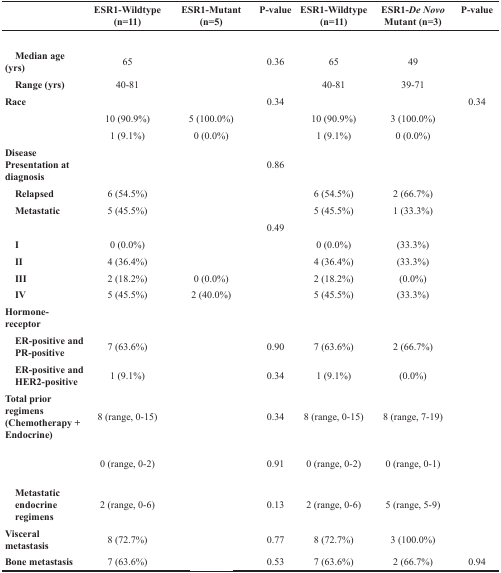
<table><thead><tr><td>[EMPTY_CELL]</td><td><b>ESR1-Wildtype (n=11)</b></td><td><b>ESR1-Mutant (n=5)</b></td><td><b>P-value</b></td><td><b>ESR1-Wildtype (n=11)</b></td><td><b>ESR1-<i>De Novo</i> Mutant (n=3)</b></td><td><b>P-value</b></td></tr></thead><tbody><tr><td>[EMPTY_CELL]</td><td>[EMPTY_CELL]</td><td>[EMPTY_CELL]</td><td>[EMPTY_CELL]</td><td>[EMPTY_CELL]</td><td>[EMPTY_CELL]</td><td>[EMPTY_CELL]</td></tr><tr><td> <b>Median age (yrs)</b></td><td>65</td><td>[EMPTY_CELL]</td><td>0.36</td><td>65</td><td>49</td><td>[EMPTY_CELL]</td></tr><tr><td> <b>Range (yrs)</b></td><td>40-81</td><td>[EMPTY_CELL]</td><td>[EMPTY_CELL]</td><td>40-81</td><td>39-71</td><td>[EMPTY_CELL]</td></tr><tr><td><b>Race</b></td><td>[EMPTY_CELL]</td><td>[EMPTY_CELL]</td><td>0.34</td><td>[EMPTY_CELL]</td><td>[EMPTY_CELL]</td><td>0.34</td></tr><tr><td>[EMPTY_CELL]</td><td>10 (90.9%)</td><td>5 (100.0%)</td><td>[EMPTY_CELL]</td><td>10 (90.9%)</td><td>3 (100.0%)</td><td>[EMPTY_CELL]</td></tr><tr><td>[EMPTY_CELL]</td><td>1 (9.1%)</td><td>0 (0.0%)</td><td>[EMPTY_CELL]</td><td>1 (9.1%)</td><td>0 (0.0%)</td><td>[EMPTY_CELL]</td></tr><tr><td><b>Disease Presentation at diagnosis</b></td><td>[EMPTY_CELL]</td><td>[EMPTY_CELL]</td><td>0.86</td><td>[EMPTY_CELL]</td><td>[EMPTY_CELL]</td><td>[EMPTY_CELL]</td></tr><tr><td> <b>Relapsed</b></td><td>6 (54.5%)</td><td>[EMPTY_CELL]</td><td>[EMPTY_CELL]</td><td>6 (54.5%)</td><td>2 (66.7%)</td><td>[EMPTY_CELL]</td></tr><tr><td> <b>Metastatic</b></td><td>5 (45.5%)</td><td>[EMPTY_CELL]</td><td>[EMPTY_CELL]</td><td>5 (45.5%)</td><td>1 (33.3%)</td><td>[EMPTY_CELL]</td></tr><tr><td>[EMPTY_CELL]</td><td>[EMPTY_CELL]</td><td>[EMPTY_CELL]</td><td>0.49</td><td>[EMPTY_CELL]</td><td>[EMPTY_CELL]</td><td>[EMPTY_CELL]</td></tr><tr><td> <b>I</b></td><td>0 (0.0%)</td><td>[EMPTY_CELL]</td><td>[EMPTY_CELL]</td><td>0 (0.0%)</td><td>(33.3%)</td><td>[EMPTY_CELL]</td></tr><tr><td> <b>II</b></td><td>4 (36.4%)</td><td>[EMPTY_CELL]</td><td>[EMPTY_CELL]</td><td>4 (36.4%)</td><td>(33.3%)</td><td>[EMPTY_CELL]</td></tr><tr><td> <b>III</b></td><td>2 (18.2%)</td><td>0 (0.0%)</td><td>[EMPTY_CELL]</td><td>2 (18.2%)</td><td>(0.0%)</td><td>[EMPTY_CELL]</td></tr><tr><td> <b>IV</b></td><td>5 (45.5%)</td><td>2 (40.0%)</td><td>[EMPTY_CELL]</td><td>5 (45.5%)</td><td>(33.3%)</td><td>[EMPTY_CELL]</td></tr><tr><td><b>Hormone-receptor</b></td><td>[EMPTY_CELL]</td><td>[EMPTY_CELL]</td><td>[EMPTY_CELL]</td><td>[EMPTY_CELL]</td><td>[EMPTY_CELL]</td><td>[EMPTY_CELL]</td></tr><tr><td> <b>ER-positive and PR-positive</b></td><td>7 (63.6%)</td><td>[EMPTY_CELL]</td><td>0.90</td><td>7 (63.6%)</td><td>2 (66.7%)</td><td>[EMPTY_CELL]</td></tr><tr><td> <b>ER-positive and HER2-positive</b></td><td>1 (9.1%)</td><td>[EMPTY_CELL]</td><td>0.34</td><td>1 (9.1%)</td><td>(0.0%)</td><td>[EMPTY_CELL]</td></tr><tr><td><b>Total prior regimens (Chemotherapy + Endocrine)</b></td><td>8 (range, 0-15)</td><td>[EMPTY_CELL]</td><td>0.34</td><td>8 (range, 0-15)</td><td>8 (range, 7-19)</td><td>[EMPTY_CELL]</td></tr><tr><td>[EMPTY_CELL]</td><td>0 (range, 0-2)</td><td>[EMPTY_CELL]</td><td>0.91</td><td>0 (range, 0-2)</td><td>0 (range, 0-1)</td><td>[EMPTY_CELL]</td></tr><tr><td> <b>Metastatic endocrine regimens</b></td><td>2 (range, 0-6)</td><td>[EMPTY_CELL]</td><td>0.13</td><td>2 (range, 0-6)</td><td>5 (range, 5-9)</td><td>[EMPTY_CELL]</td></tr><tr><td><b>Visceral metastasis</b></td><td>8 (72.7%)</td><td>[EMPTY_CELL]</td><td>0.77</td><td>8 (72.7%)</td><td>3 (100.0%)</td><td>[EMPTY_CELL]</td></tr><tr><td><b>Bone metastasis</b></td><td>7 (63.6%)</td><td>[EMPTY_CELL]</td><td>0.53</td><td>7 (63.6%)</td><td>2 (66.7%)</td><td>0.94</td></tr></tbody></table>